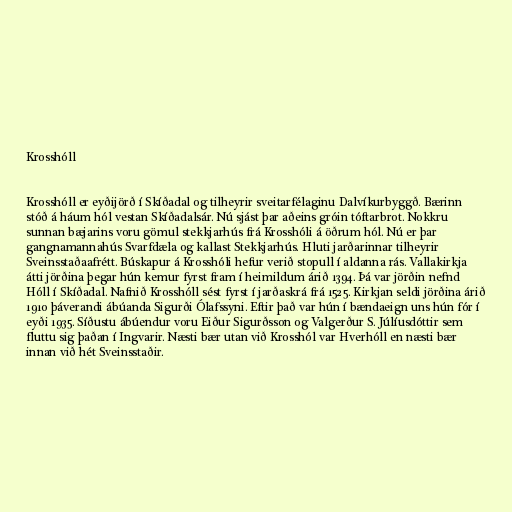
Krosshóll

Krosshóll er eyðijörð í Skíðadal og tilheyrir sveitarfélaginu Dalvíkurbyggð. Bærinn
stóð á háum hól vestan Skíðadalsár. Nú sjást þar aðeins gróin tóftarbrot. Nokkru
sunnan bæjarins voru gömul stekkjarhús frá Krosshóli á öðrum hól. Nú er þar
gangnamannahús Svarfdæla og kallast Stekkjarhús. Hluti jarðarinnar tilheyrir
Sveinsstaðaafrétt. Búskapur á Krosshóli hefur verið stopull í aldanna rás. Vallakirkja
átti jörðina þegar hún kemur fyrst fram í heimildum árið 1394. Þá var jörðin nefnd
Hóll í Skíðadal. Nafnið Krosshóll sést fyrst í jarðaskrá frá 1525. Kirkjan seldi jörðina árið
1910 þáverandi ábúanda Sigurði Ólafssyni. Eftir það var hún í bændaeign uns hún fór í
eyði 1935. Síðustu ábúendur voru Eiður Sigurðsson og Valgerður S. Júlíusdóttir sem
fluttu sig þaðan í Ingvarir. Næsti bær utan við Krosshól var Hverhóll en næsti bær
innan við hét Sveinsstaðir.